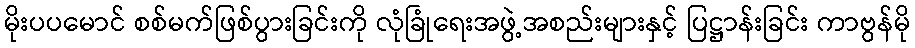
မိုးပပမောင် စစ်မက်ဖြစ်ပွားခြင်းကို လုံခြုံရေးအဖွဲ့အစည်းများနှင့် ပြဋ္ဌာန်းခြင်း ကာဗွန်မို